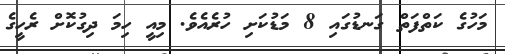
މަހުގެ ކަތްފަތް ގަނޑުގައި 8 މަޑުކަށި ހުރެއެވެ. މިއީ ހިމަ ދިގުކޮށް ރެހީގެ